Civil Veterinary Department ledger series I-VI
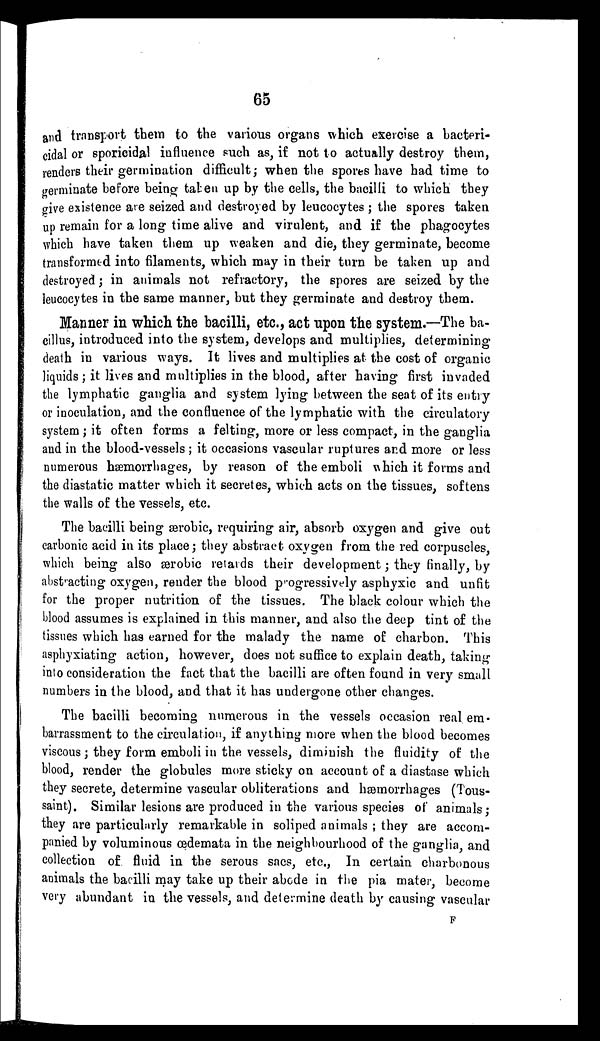
65
and transport them to the various organs which exercise a bacteri-
cidal or sporicidal influence such as, if not to actually destroy them,
renders their germination difficult; when the spores have had time to
germinate before being taken up by the cells, the bacilli to which they
give existence are seized and destroyed by leucocytes; the spores taken
up remain for a long time alive and virulent, and if the phagocytes
which have taken them up weaken and die, they germinate, become
transformed into filaments, which may in their turn be taken up and
destroyed; in animals not refractory, the spores are seized by the
leucocytes in the same manner, but they germinate and destroy them.
Manner in which the bacilli, etc., act upon the system.—The ba-
cillus, introduced into the system, develops and multiplies, determining
death in various ways. It lives and multiplies at the cost of organic
liquids; it lives and multiplies in the blood, after having first invaded
the lymphatic ganglia and system lying between the seat of its entry
or inoculation, and the confluence of the lymphatic with the circulatory
system; it often forms a felting, more or less compact, in the ganglia
and in the blood-vessels; it occasions vascular ruptures and more or less
numerous hæmorrhages, by reason of the emboli which it forms and
the diastatic matter which it secretes, which acts on the tissues, softens
the walls of the vessels, etc.
The bacilli being ærobic, requiring air, absorb oxygen and give out
carbonic acid in its place; they abstract oxygen from the red corpuscles,
which being also ærobic retards their development; they finally, by
abstracting oxygen, render the blood progressively asphyxic and unfit
for the proper nutrition of the tissues. The black colour which the
blood assumes is explained in this manner, and also the deep tint of the
tissues which has earned for the malady the name of charbon. This
asphyxiating action, however, does not suffice to explain death, taking
into consideration the fact that the bacilli are often found in very small
numbers in the blood, and that it has undergone other changes.
The bacilli becoming numerous in the vessels occasion real em-
barrassment to the circulation, if anything more when the blood becomes
viscous; they form emboli in the vessels, diminish the fluidity of the
blood, render the globules more sticky on account of a diastase which
they secrete, determine vascular obliterations and hæmorrhages (Tous-
saint). Similar lesions are produced in the various species of animals;
they are particularly remarkable in soliped animals; they are accom-
panied by voluminous œdemata in the neighbourhood of the ganglia, and
collection of fluid in the serous sacs, etc., In certain charbonous
animals the bacilli may take up their abode in the pia mater, become
very abundant in the vessels, and determine death by causing vascular
F